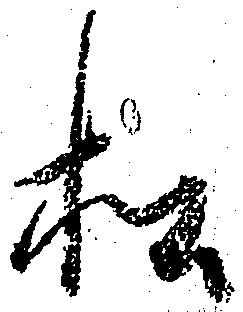
松